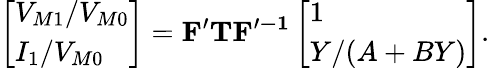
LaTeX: \left[\begin{array}{l}{V_{M1}/V_{M0}}\\ {I_{1}/V_{M0}}\end{array}\right]=\mathbf{F^{\prime}}\mathbf{T}\mathbf{F^{\prime-1}}\left[\begin{array}{l}{1}\\ {Y/(A+BY)}\end{array}\right].